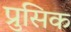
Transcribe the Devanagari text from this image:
प्रुसिक